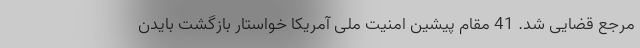
مرجع قضایی شد. 41 مقام پیشین امنیت ملی آمریکا خواستار بازگشت بایدن